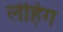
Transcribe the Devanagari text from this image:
लेहिग